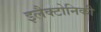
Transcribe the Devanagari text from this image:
इलैक्टोनिकी